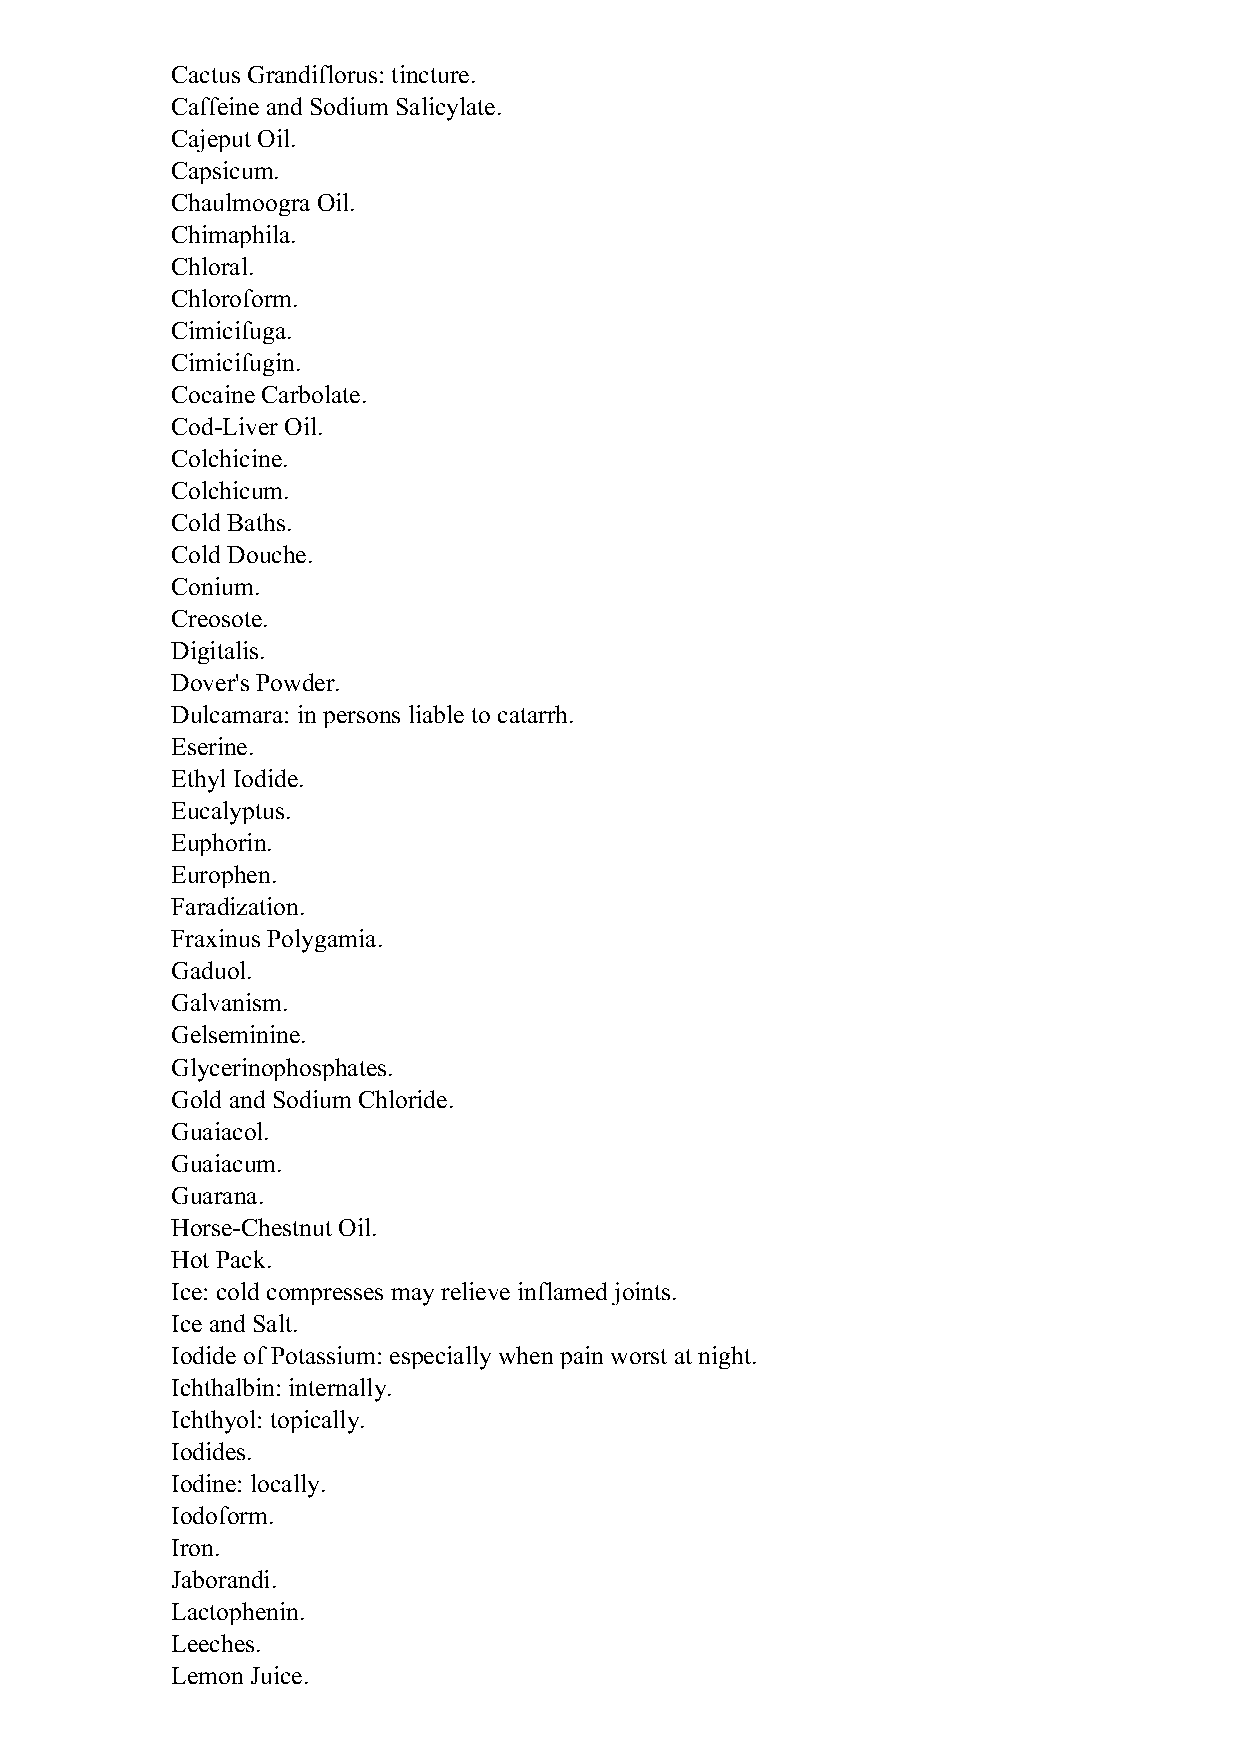
Cactus Grandiflorus: tincture.
 Caffeine and Sodium Salicylate.
 Cajeput Oil.
 Capsicum.
 Chaulmoogra Oil.
 Chimaphila.
 Chloral.
 Chloroform.
 Cimicifuga.
 Cimicifugin.
 Cocaine Carbolate.
 Cod-Liver Oil.
 Colchicine.
 Colchicum.
 Cold Baths.
 Cold Douche.
 Conium.
 Creosote.
 Digitalis.
 Dover's Powder.
 Dulcamara: in persons liable to catarrh.
 Eserine.
 Ethyl Iodide.
 Eucalyptus.
 Euphorin.
 Europhen.
 Faradization.
 Fraxinus Polygamia.
 Gaduol.
 Galvanism.
 Gelseminine.
 Glycerinophosphates.
 Gold and Sodium Chloride.
 Guaiacol.
 Guaiacum.
 Guarana.
 Horse-Chestnut Oil.
 Hot Pack.
 Ice: cold compresses may relieve inflamed joints.
 Ice and Salt.
 Iodide of Potassium: especially when pain worst at night.
 Ichthalbin: internally.
 Ichthyol: topically.
 Iodides.
 Iodine: locally.
 Iodoform.
 Iron.
 Jaborandi.
 Lactophenin.
 Leeches.
 Lemon Juice.